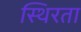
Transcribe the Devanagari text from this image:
स्थिरता